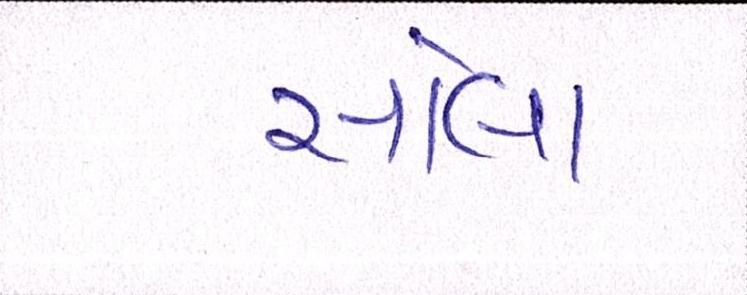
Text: સોલા